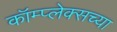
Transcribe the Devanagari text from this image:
कॉम्प्लेक्सच्या